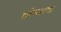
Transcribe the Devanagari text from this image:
थ्रोन्सच्या